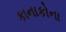
કાનાકોના